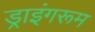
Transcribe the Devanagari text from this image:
ड्राइंगरूम